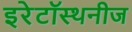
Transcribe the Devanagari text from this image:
इरेटॉस्थनीज